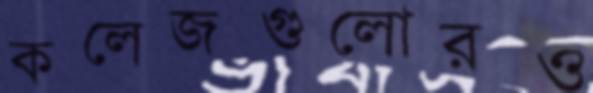
কলেজগুলোরও